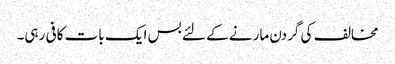
مخالف کی گردن مارنے کے لئے بس ایک بات کافی رہی۔